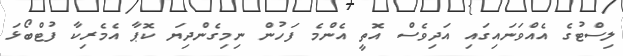
ލިސްޓުގެ އެއްވަނައިގައި އަދިވެސް އޮތީ އެންމެ ފަހުން ނިމިގެންދިޔަ ކޮޕާ އެމެރިކާ ފުޓްބޯޅަ